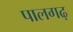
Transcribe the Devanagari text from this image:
पालगढ़